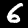
Label: 6